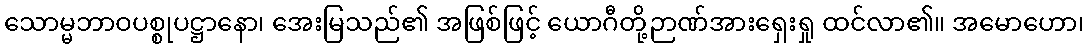
သောမ္မဘာဝပစ္စုပဋ္ဌာနော၊ အေးမြသည်၏ အဖြစ်ဖြင့် ယောဂီတို့ဉာဏ်အားရှေးရှု ထင်လာ၏။ အမောဟော၊